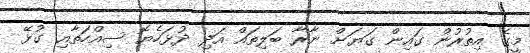
މީގެ އިތުރުން ގައިން ގަޔަށް ނާރާ ބަލިތައް އަދި ދުޅަހެޔޮ ސިއްހަތާއި ގުޅޭ